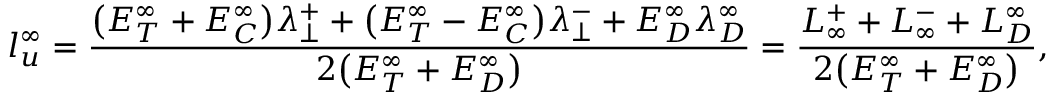
l _ { u } ^ { \infty } = \frac { \big ( E _ { T } ^ { \infty } + E _ { C } ^ { \infty } \big ) \lambda _ { \perp } ^ { + } + \big ( E _ { T } ^ { \infty } - E _ { C } ^ { \infty } \big ) \lambda _ { \perp } ^ { - } + E _ { D } ^ { \infty } \lambda _ { D } ^ { \infty } } { 2 \big ( E _ { T } ^ { \infty } + E _ { D } ^ { \infty } \big ) } = \frac { L _ { \infty } ^ { + } + L _ { \infty } ^ { - } + L _ { D } ^ { \infty } } { 2 \big ( E _ { T } ^ { \infty } + E _ { D } ^ { \infty } \big ) } ,